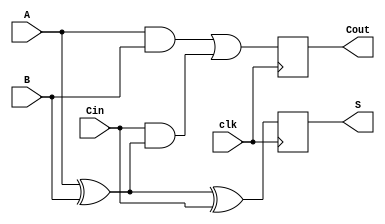
module DynamicFullAdder (
    input wire A,       // First input bit
    input wire B,       // Second input bit
    input wire Cin,     // Carry-in bit
    input wire clk,     // Clock signal
    output reg S,       // Sum output
    output reg Cout     // Carry-out output
);

    // Internal signals for precharged values
    reg S_pre, Cout_pre;

    always @(posedge clk) begin
        // Precharge phase (when clk is low)
        S_pre <= 1'b1;    // Precharge S to 1
        Cout_pre <= 1'b1; // Precharge Cout to 1
    end

    always @(negedge clk) begin
        // Evaluation phase (when clk is high)
        // Compute sum S
        S <= A ^ B ^ Cin; // S = A  B  Cin

        // Compute carry-out Cout
        Cout <= (A & B) | (Cin & (A ^ B)); // Cout = (A  B) + (Cin  (A  B))
    end
endmodule